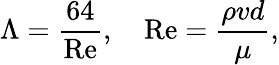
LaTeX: \Lambda={\frac{64}{\mathrm{Re}}},\quad\mathrm{Re}={\frac{\rho vd}{\mu}},